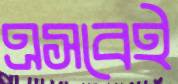
এসবেই